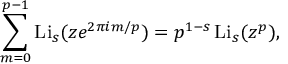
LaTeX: \sum _ { m = 0 } ^ { p - 1 } \operatorname { L i } _ { s } ( z e ^ { 2 \pi i m / p } ) = p ^ { 1 - s } \operatorname { L i } _ { s } ( z ^ { p } ) ,